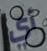
أي